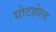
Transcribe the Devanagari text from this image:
गोटहोल्ड